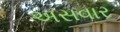
અસવાર